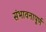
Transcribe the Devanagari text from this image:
संभावनापूर्ण